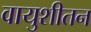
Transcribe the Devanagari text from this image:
वायुशीतन